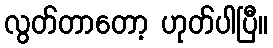
လွတ်တာတော့ ဟုတ်ပါပြီ။